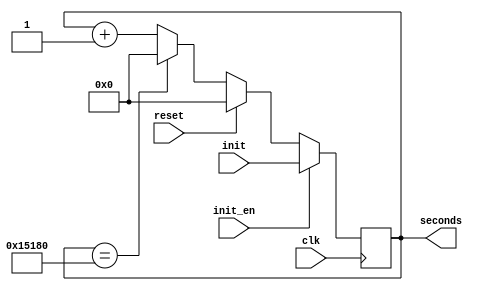
`timescale 1ns / 1ps

module time_goes_with_init(init,init_en,seconds,clk,reset);
//output reg [16:0] seconds=3580;
input [16:0] init;
input init_en;
output reg [16:0] seconds=0;
input clk,reset;
always @(posedge clk) begin
    if(init_en)
        seconds <= init;
    else 
    if(reset) seconds<=0;
    else if(seconds==86400) seconds<=0;
    else seconds<=seconds+1;
end

endmodule